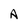
Character: A